Vaccine operations Central Provinces 1868-1885 - 1868-1885
Year: 1868
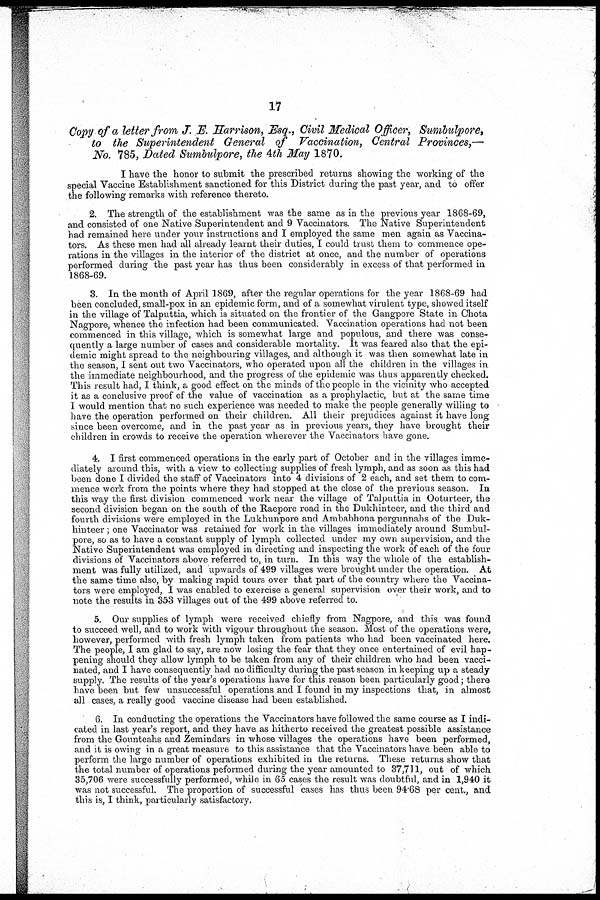
17
Copy of a letter from J. E. Harrison, Esq., Civil Medical Officer, Sumbulpore,
to the Superintendent General of Vaccination, Central Provinces,—
No. 785, Dated Sumbulpore, the 4th May 1870.
I have the honor to submit the prescribed returns showing the working of the
special "Vaccine Establishment sanctioned for this District during the past year, and to offer
the following remarks with reference thereto.
2. The strength of the establishment was the same as in the previous year 1868-69,
and consisted of one Native Superintendent and 9 Vaccinators. The Native Superintendent
had remained here under your instructions and I employed the same men again as Vaccina-
tors. As these men had all already learnt their duties, I could trust them to commence ope-
rations in the villages in the interior of the district at once, and the number of operations
performed during the past year has thus been considerably in excess of that performed in
1868-69.
3. In the month of April 1869, after the regular operations for the year 1868-69 had
been concluded, small-pox in an epidemic form, and of a somewhat virulent type, showed itself
in the village of Talputtia, which is situated on the frontier of the Gangpore State in Chota
Nagpore, whence the infection had been communicated. Vaccination operations had not been
commenced in this village, which is somewhat large and populous, and there was conse-
quently a large number of cases and considerable mortality. It was feared also that the epi-
demic might spread to the neighbouring villages, and although it was then somewhat late in
the season, I sent out two Vaccinators, who operated upon all the children in the villages in
the immediate neighbourhood, and the progress of the epidemic was thus apparently checked.
This result had, I think, a good effect on the minds of the people in the vicinity who accepted
it as a conclusive proof of the value of vaccination as a prophylactic, but at the same time
I would mention that no such experience was needed to make the people generally willing to
have the operation performed on their children. All their prejudices against it have long
since been overcome, and in the past year as in previous years, they have brought their
children in crowds to receive the operation wherever the Vaccinators have gone.
4. I first commenced operations in the early part of October and in the villages imme-
diately around this, with a view to collecting supplies of fresh lymph, and as soon as this had
been done I divided the staff of Vaccinators into 4 divisions of 2 each, and set them to com-
mence work from the points where they had stopped at the close of the previous season. In
this way the first division commenced work near the village of Talputtia in Ooturteer, the
second division began on the south of the Raepore road in the Dukhinteer, and the third and
fourth divisions were employed in the Lukhunpore and Ambabhona pergunnahs of the Duk-
hmteer ; one Vaccinator was retained for work in the villages immediately around Sumbul-
pore, so as to have a constant supply of lymph collected under my own supervision, and the
Native Superintendent was employed in directing and inspecting the work of each of the four
divisions of Vaccinators above referred to, in turn. In this way the whole of the establish-
ment was fully utilized, and upwards of 499 villages were brought under the operation. At
the same time also, by making rapid tours over that part of the country where the Vaccina-
tors were employed, I was enabled to exercise a general supervision over their work, and to
note the results in 353 villages out of the 499 above referred to.
5. Our supplies of lymph were received chiefly from Nagpore, and this was found
to succeed well, and to work with vigour throughout the season. Most of the operations were,
however, performed with fresh lymph taken from patients who had been vaccinated here.
The people, I am glad to say, are now losing the fear that they once entertained of evil hap-
pening should they allow lymph to be taken from any of their children who had been vacci-
nated, and I have consequently had no difficulty during the past season in keeping up a steady
supply. The results of the year's operations have for this reason been particularly good ; there
have been but few unsuccessful operations and I found in my inspections that, in almost
all cases, a really good vaccine disease had been established.
6. In conducting the operations the Vaccinators have followed the same course as I indi-
cated in last year's report, and they have as hitherto received the greatest possible assistance
from the Gounteahs and Zemindars in whose villages the operations have been performed,
and it is owing in a great measure to this assistance that the Vaccinators have been able to
perform the large number of operations exhibited in the returns. These returns show that
the total number of operations peformed during the year amounted to 37,711, out of which
35,706 were successfully performed, while in 65 cases the result was doubtful, and in 1,940 it
was not successful. The proportion of successful cases has thus been 94.68 per cent., and
this is, I think, particularly satisfactory.